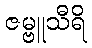
ဇမ္ဗူသီရိ